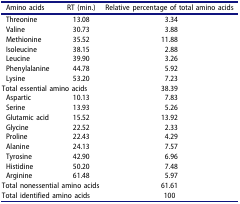
<table><thead><tr><td><b>Amino acids</b></td><td><b>RT (min.)</b></td><td><b>Relative percentage of total amino acids</b></td></tr></thead><tbody><tr><td>Threonine</td><td>13.08</td><td>3.34</td></tr><tr><td>Valine</td><td>30.73</td><td>3.88</td></tr><tr><td>Methionine</td><td>35.52</td><td>11.88</td></tr><tr><td>Isoleucine</td><td>38.15</td><td>2.88</td></tr><tr><td>Leucine</td><td>39.90</td><td>3.26</td></tr><tr><td>Phenylalanine</td><td>44.78</td><td>5.92</td></tr><tr><td>Lysine</td><td>53.20</td><td>7.23</td></tr><tr><td colspan="2">Total essential amino acids</td><td>38.39</td></tr><tr><td>Aspartic</td><td>10.13</td><td>7.83</td></tr><tr><td>Serine</td><td>13.93</td><td>5.26</td></tr><tr><td>Glutamic acid</td><td>15.52</td><td>13.92</td></tr><tr><td>Glycine</td><td>22.52</td><td>2.33</td></tr><tr><td>Proline</td><td>22.43</td><td>4.29</td></tr><tr><td>Alanine</td><td>24.13</td><td>7.57</td></tr><tr><td>Tyrosine</td><td>42.90</td><td>6.96</td></tr><tr><td>Histidine</td><td>50.20</td><td>7.48</td></tr><tr><td>Arginine</td><td>61.48</td><td>5.97</td></tr><tr><td colspan="2">Total nonessential amino acids</td><td>61.61</td></tr><tr><td colspan="2">Total identified amino acids</td><td>100</td></tr></tbody></table>